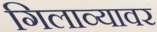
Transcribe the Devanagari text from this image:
गिलाव्यावर